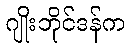
ဂျိုးဘိုင်ဒန်က